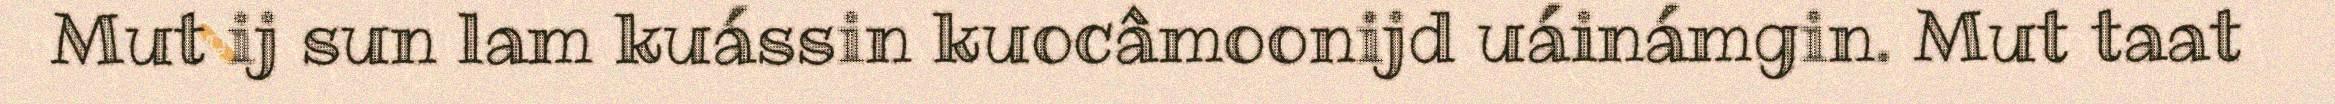
Mut ij sun lam kuássin kuocâmoonijd uáinámgin. Mut taat